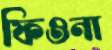
ফিওনা